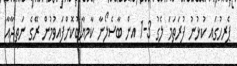
ޕެރިހުގައި ކުޅުނު ފުރަތަމަ ލެގު 3-1 އިން ބާސެލޯނާ ކާމިޔާބުކޮށްފައިވުމުން ރޭގެ ނަތީޖާއާ